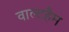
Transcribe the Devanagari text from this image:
वाल्टहैम